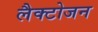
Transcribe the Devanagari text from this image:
लैक्टोजन